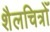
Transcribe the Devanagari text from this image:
शैलचित्रोँ